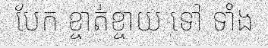
បែក ខ្ចាត់ខ្ចាយ ទៅ ទាំង